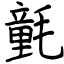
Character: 氃